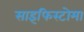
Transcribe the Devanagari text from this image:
साइफिस्टोमा